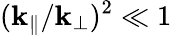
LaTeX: (\mathbf{k}_{\parallel}/\mathbf{k}_{\perp})^{2}\ll1